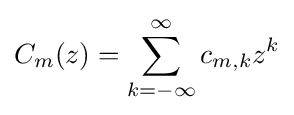
C_{m}(z)=\sum _{k=-\infty }^{\infty }c_{m,k}z^{k}